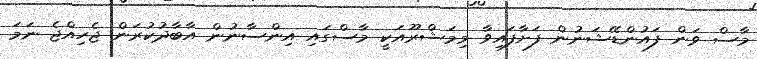
މާސް ވަން ފައުންޑޭޝަނުން ފަށާފައިވާ މިމަޝްރޫއަކީ މާސްގައި އިންސާނުން އާބާދުކުރަން ޖެހިއްޖެ ނަމަ